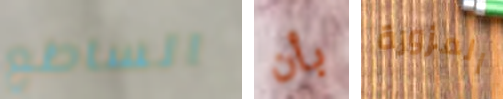
الساطع بأن المزورة